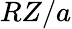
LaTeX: RZ/a